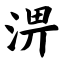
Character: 淠